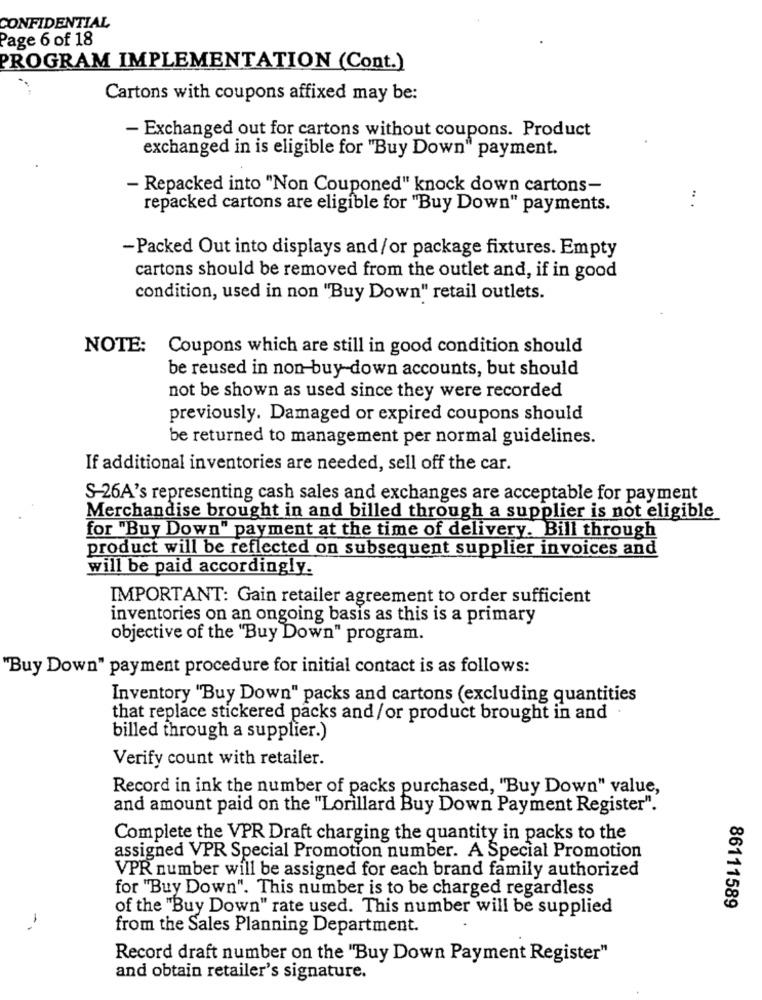
CONFIDENTIAL
Page 6 of 18
PROGRAM IMPLEMENTATION (Cont.)
Cartons with coupons affixed may be:
- Exchanged out for cartons without coupons. Product
exchanged in is eligible for "Buy Down" payment.
- Repacked into "Non Couponed" knock down cartons-
:
repacked cartons are eligible for "Buy Down" payments.
-Packed Out into displays and/or package fixtures. Empty
cartons should be removed from the outlet and, if in good
condition, used in non "Buy Down" retail outlets.
NOTE: Coupons which are still in good condition should
be reused in non-buy- down accounts, but should
not be shown as used since they were recorded
previously. Damaged or expired coupons should
be returned to management per normal guidelines.
If additional inventories are needed, sell off the car.
S-26A's representing cash sales and exchanges are acceptable for payment
Merchandise brought in and billed through a supplier is not eligible
for "Buy Down" payment at the time of delivery. Bill through
product will be reflected on subsequent supplier invoices and
will be paid accordingly.
IMPORTANT: Gain retailer agreement to order sufficient
inventories on an ongoing basis as this is a primary
objective of the "Buy Down" program.
"Buy Down" payment procedure for initial contact is as follows:
Inventory "Buy Down" packs and cartons (excluding quantities
that replace stickered packs and/or product brought in and
billed through a supplier.)
Verify count with retailer.
Record in ink the number of packs purchased, "Buy Down" value,
and amount paid on the "Lorillard Buy Down Payment Register".
Complete the VPR Draft charging the quantity in packs to the
assigned VPR Special Promotion number. A Special Promotion
VPR number will be assigned for each brand family authorized
for "Buy Down". This number is to be charged regardless
86111589
of the "Buy Down" rate used. This number will be supplied
-,
from the Sales Planning Department.
Record draft number on the "Buy Down Payment Register"
and obtain retailer's signature.